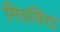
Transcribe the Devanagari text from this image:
मित्रविंदा